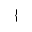
\{